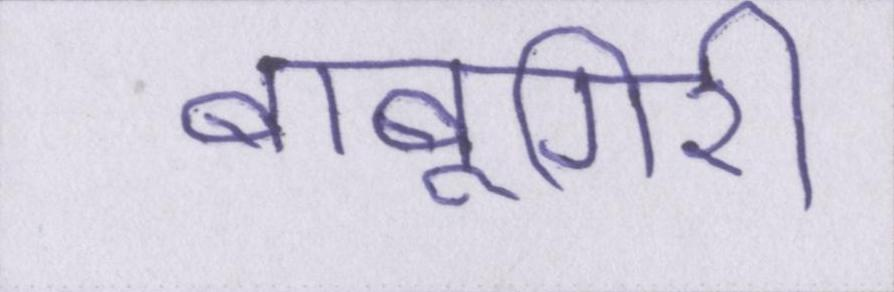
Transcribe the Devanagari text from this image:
बाबूगिरी